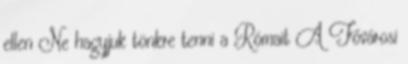
ellen Ne hagyjuk tönkre tenni a Rómait A Fővárosi